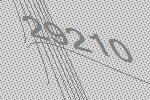
29210